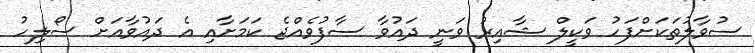
ސުވާލުތަކަށްފަހު ވަކީލް ޝާއިރު ވަނީ ދައުވާ ސާފުވެއްޖެ ކަމަށާއި އެ ދައުވާއަށް ސޯލިހު